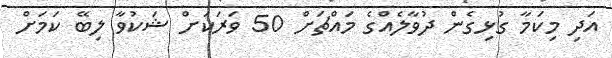
އަދި މިކަމާ ގުޅިގެން ދުވާލެއްގެ މައްޗަށް 50 ވަރަކަށް ޝަކުވާ ލިބޭ ކަމަށް